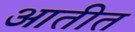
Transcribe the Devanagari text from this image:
आतीत